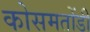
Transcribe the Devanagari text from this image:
कोसमतोंडी